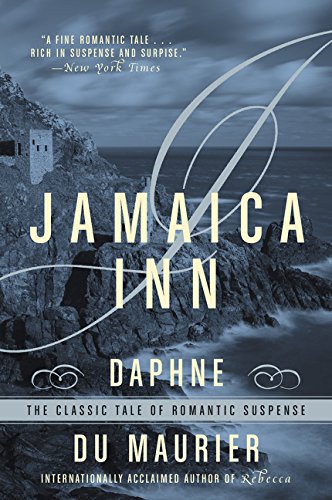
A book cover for Jamaica Inn; Daphne Du Maurier; Romance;